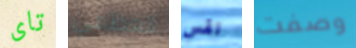
تاى العظمي نفس وصفت